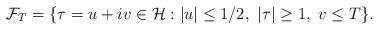
LaTeX: \begin{align*}\mathcal{F}_T = \{ \tau=u+iv \in \mathcal{H}: \vert u \vert\leq 1/2, \ \vert \tau\vert \geq 1 ,\ v\leq T \}.\end{align*}